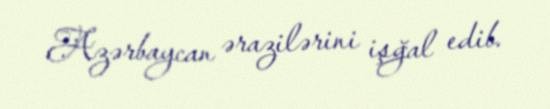
Azərbaycan ərazilərini işğal edib.